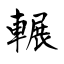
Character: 輾